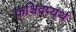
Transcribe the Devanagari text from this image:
कश्चिदप्यर्थ